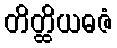
တိတ္ထိယဓဇံ